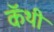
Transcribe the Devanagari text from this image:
कॅथी